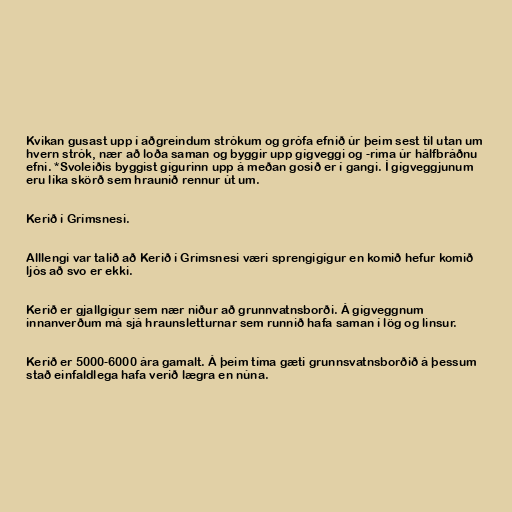
Kvikan gusast upp í aðgreindum strókum og grófa efnið úr þeim sest til utan um
hvern strók, nær að loða saman og byggir upp gígveggi og -rima úr hálfbráðnu
efni. *Svoleiðis byggist gígurinn upp á meðan gosið er í gangi. Í gígveggjunum
eru líka skörð sem hraunið rennur út um.

Kerið í Grímsnesi.

Alllengi var talið að Kerið í Grímsnesi væri sprengigígur en komið hefur komið
ljós að svo er ekki.

Kerið er gjallgígur sem nær niður að grunnvatnsborði. Á gígveggnum
innanverðum má sjá hraunsletturnar sem runnið hafa saman í lög og linsur.

Kerið er 5000-6000 ára gamalt. Á þeim tíma gæti grunnsvatnsborðið á þessum
stað einfaldlega hafa verið lægra en núna.